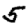
Digit: 5